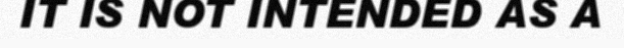
IT IS NOT INTENDED AS A